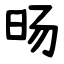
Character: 旸